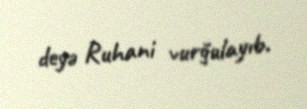
deyə Ruhani vurğulayıb.